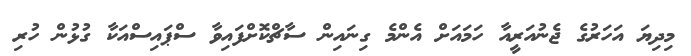
މިދިޔަ އަހަރުގެ ޖެނުއަރީއާ ހަމައަށް އެންމެ ގިނައިން ސާޗްކޮށްފައިވާ ސްޕައިސްއަކާ ގުޅުން ހުރި